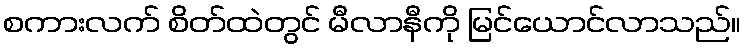
စကားလက် စိတ်ထဲတွင် မီလာနီကို မြင်ယောင်လာသည်။